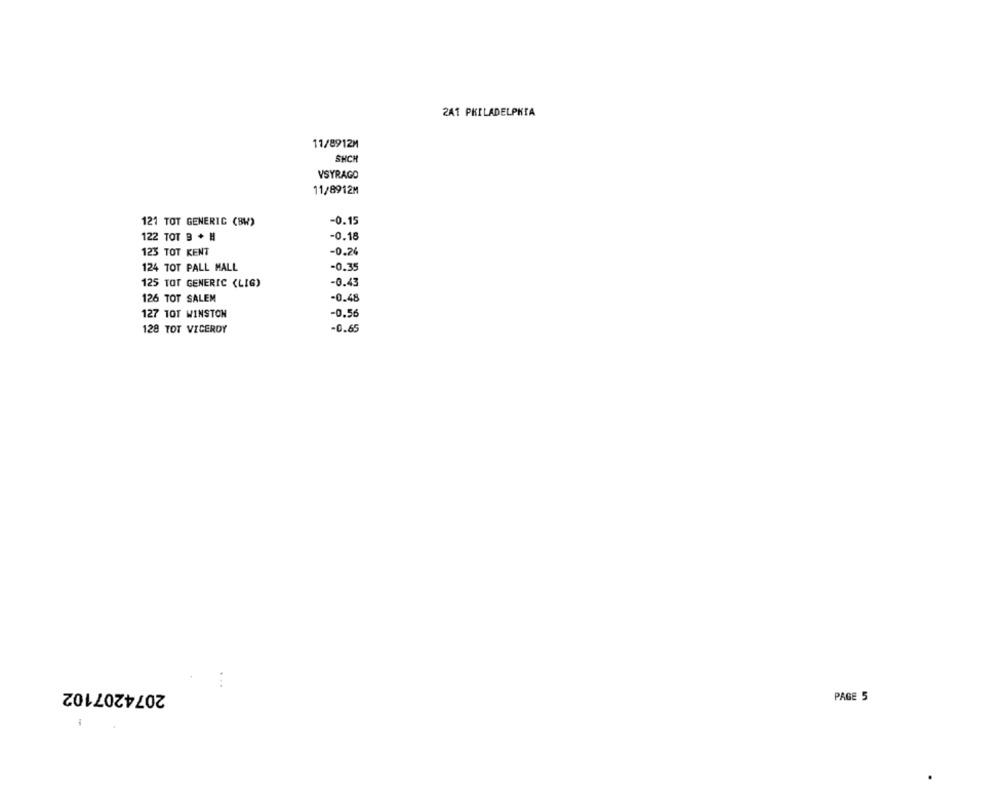
2A1 PHILADELPHIA
11/8912M
SHCH
VSYRAGO
11/8912M
121 TOT GENERIC (BW)
-0.15
122 TOT B + H
-0.18
123 TOT KENT
-0.24
124 TOT PALL MALL
-0.35
125 TOT GENERIC (LIG)
-0.43
126 TOT SALEM
-0.48
127 TOT WINSTON
-0.56
128 TOT VICEROY
-0.65
2074207102
...
PAGE 5